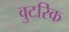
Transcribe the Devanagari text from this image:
वुटरिक